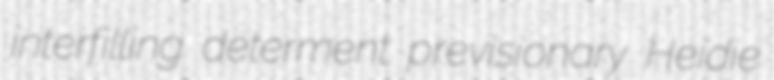
interfilling determent previsionary Heidie